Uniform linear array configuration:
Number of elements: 48
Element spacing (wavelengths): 0.75
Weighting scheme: hamming
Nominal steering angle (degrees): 15
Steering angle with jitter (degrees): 16.892
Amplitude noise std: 0.05
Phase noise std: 0.05

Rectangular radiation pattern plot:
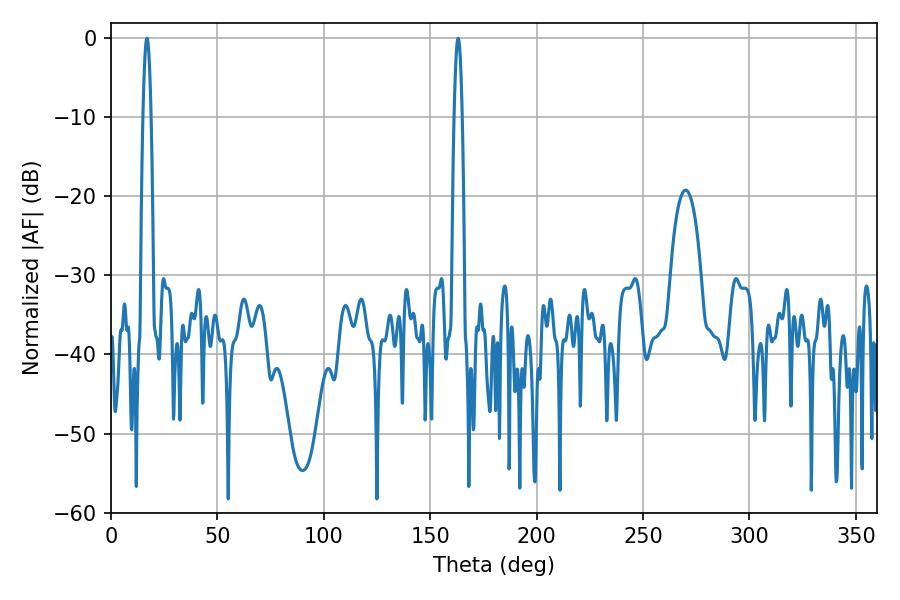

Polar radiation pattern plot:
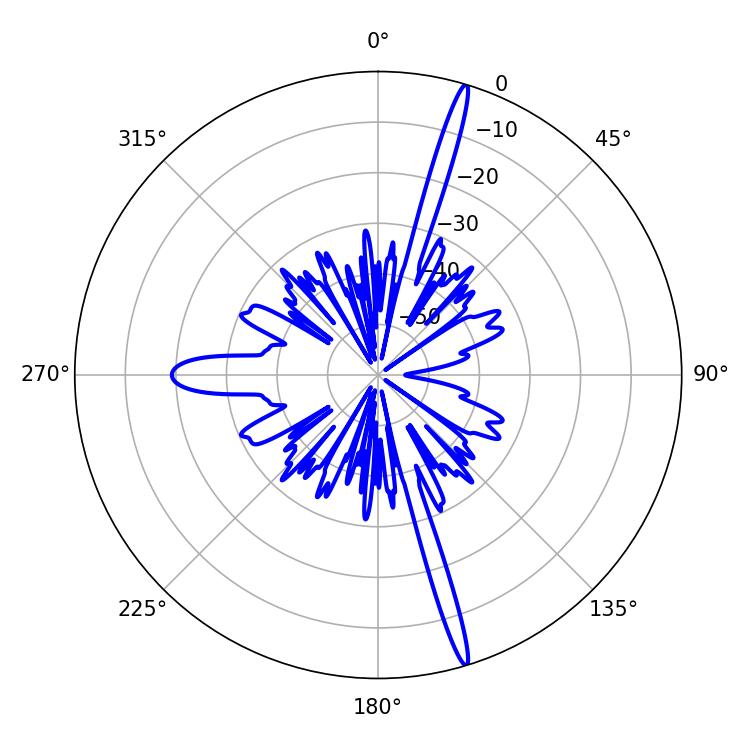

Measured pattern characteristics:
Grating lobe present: TRUE
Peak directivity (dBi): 19.692
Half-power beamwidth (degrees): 1.98
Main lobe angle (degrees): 16.92